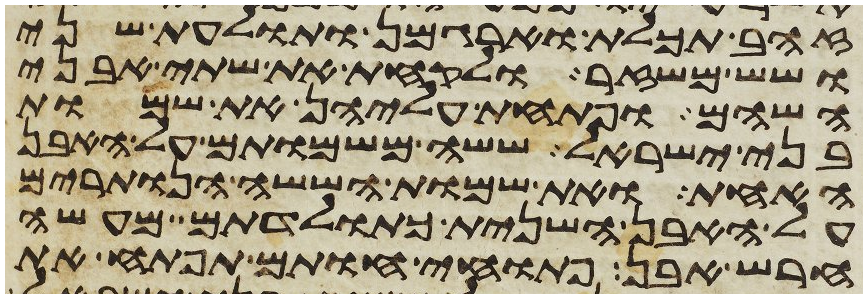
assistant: זהב תכלת וארגמן ותולעת שני
ושש משזר ולקחת את שתי אבני
השהם ופתחת עליהן את שמות
בני ישראל ששה משמותם על האבן
האחת ואת שמות הששה הנותרים
על האבן השנית כתולדתם מעשה
חרש אבן פתוחי חותם תפתח את